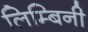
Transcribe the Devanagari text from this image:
लिम्बिनी